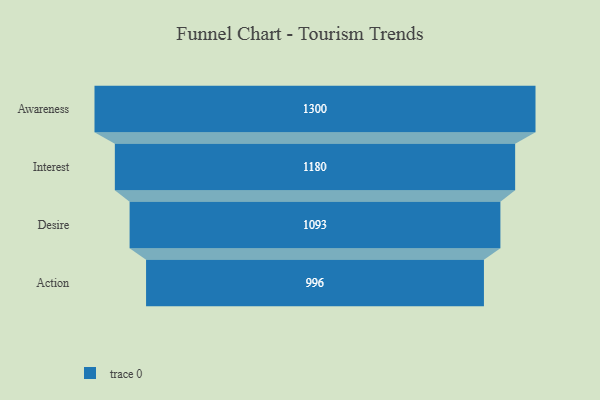
{"axis": {"x": "Stage", "y": "Value"}, "legend": [""], "data": [{"x": "Awareness", "y": 1300.0, "type": ""}, {"x": "Interest", "y": 1180.0, "type": ""}, {"x": "Desire", "y": 1093.0, "type": ""}, {"x": "Action", "y": 996.0, "type": ""}]}